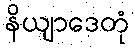
နိယျာဒေတုံ